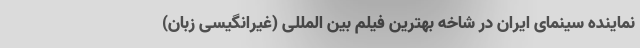
نماینده سینمای ایران در شاخه بهترین فیلم بین المللی (غیرانگیسی زبان)